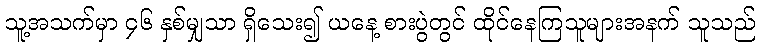
သူ့အသက်မှာ ၄၆ နှစ်မျှသာ ရှိသေး၍ ယနေ့ စားပွဲတွင် ထိုင်နေကြသူများအနက် သူသည်